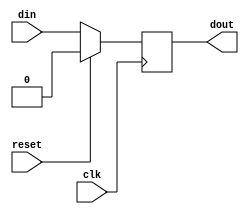
// ***************************************************************************
// ***************************************************************************
// Copyright 2014 - 2017 (c) Analog Devices, Inc. All rights reserved.
//
// In this HDL repository, there are many different and unique modules, consisting
// of various HDL (Verilog or VHDL) components. The individual modules are
// developed independently, and may be accompanied by separate and unique license
// terms.
//
// The user should read each of these license terms, and understand the
// freedoms and responsabilities that he or she has by using this source/core.
//
// This core is distributed in the hope that it will be useful, but WITHOUT ANY
// WARRANTY; without even the implied warranty of MERCHANTABILITY or FITNESS FOR
// A PARTICULAR PURPOSE.
//
// Redistribution and use of source or resulting binaries, with or without modification
// of this file, are permitted under one of the following two license terms:
//
//   1. The GNU General Public License version 2 as published by the
//      Free Software Foundation, which can be found in the top level directory
//      of this repository (LICENSE_GPL2), and also online at:
//      <https://www.gnu.org/licenses/old-licenses/gpl-2.0.html>
//
// OR
//
//   2. An ADI specific BSD license, which can be found in the top level directory
//      of this repository (LICENSE_ADIBSD), and also on-line at:
//      https://github.com/analogdevicesinc/hdl/blob/master/LICENSE_ADIBSD
//      This will allow to generate bit files and not release the source code,
//      as long as it attaches to an ADI device.
//
// ***************************************************************************
// ***************************************************************************

`timescale 1ns/100ps

module util_delay #(

  parameter DATA_WIDTH = 1,
  // the minimum valid value for DELAY_CYCLES is 1
  parameter DELAY_CYCLES = 1) (

  input                             clk,
  input                             reset,
  input                             din,
  output  [DATA_WIDTH-1:0]          dout);

  reg     [DATA_WIDTH-1:0]          dbuf[0:(DELAY_CYCLES-1)];

  always @(posedge clk) begin
    if (reset) begin
      dbuf[0] <= 0;
    end else begin
      dbuf[0] <= din;
    end
  end

  generate
  genvar i;
    for (i = 1; i < DELAY_CYCLES; i=i+1) begin:register_pipe
      always @(posedge clk) begin
        if (reset) begin
          dbuf[i] <= 0;
        end else begin
          dbuf[i] <= dbuf[i-1];
        end
      end
    end
  endgenerate

  assign dout = dbuf[(DELAY_CYCLES-1)];

endmodule